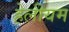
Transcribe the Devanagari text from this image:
हेलीयम